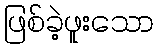
ဖြစ်ခဲ့ဖူးသော